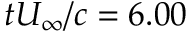
t U _ { \infty } / c = 6 . 0 0